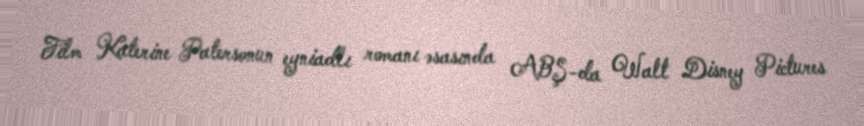
Film Katerine Patersonun eyniadlı romanı əsasında ABŞ-da Walt Disney Pictures